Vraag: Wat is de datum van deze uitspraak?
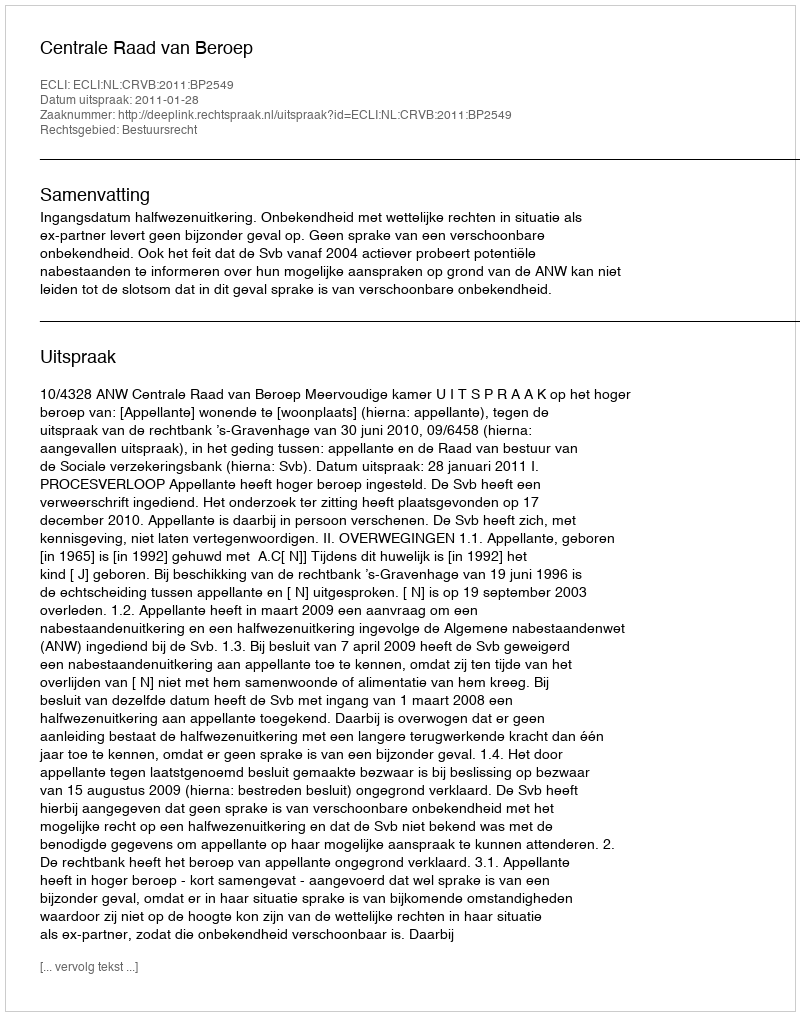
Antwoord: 2011-01-28